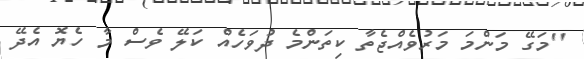
''މަގޭ މަންމަ މަރުވެއްޖެތާ ކިތަންމެ ދުވަހެއް ކަލޭ ވެސް މާ ހެޔޮ އެދޭ